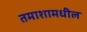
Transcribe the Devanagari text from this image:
तमाशामधील